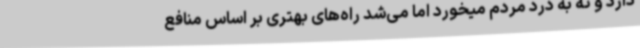
دارد و نه به درد مردم میخورد اما می‌شد راه‌های بهتری بر اساس منافع